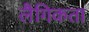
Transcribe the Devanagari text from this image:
लैगिकता